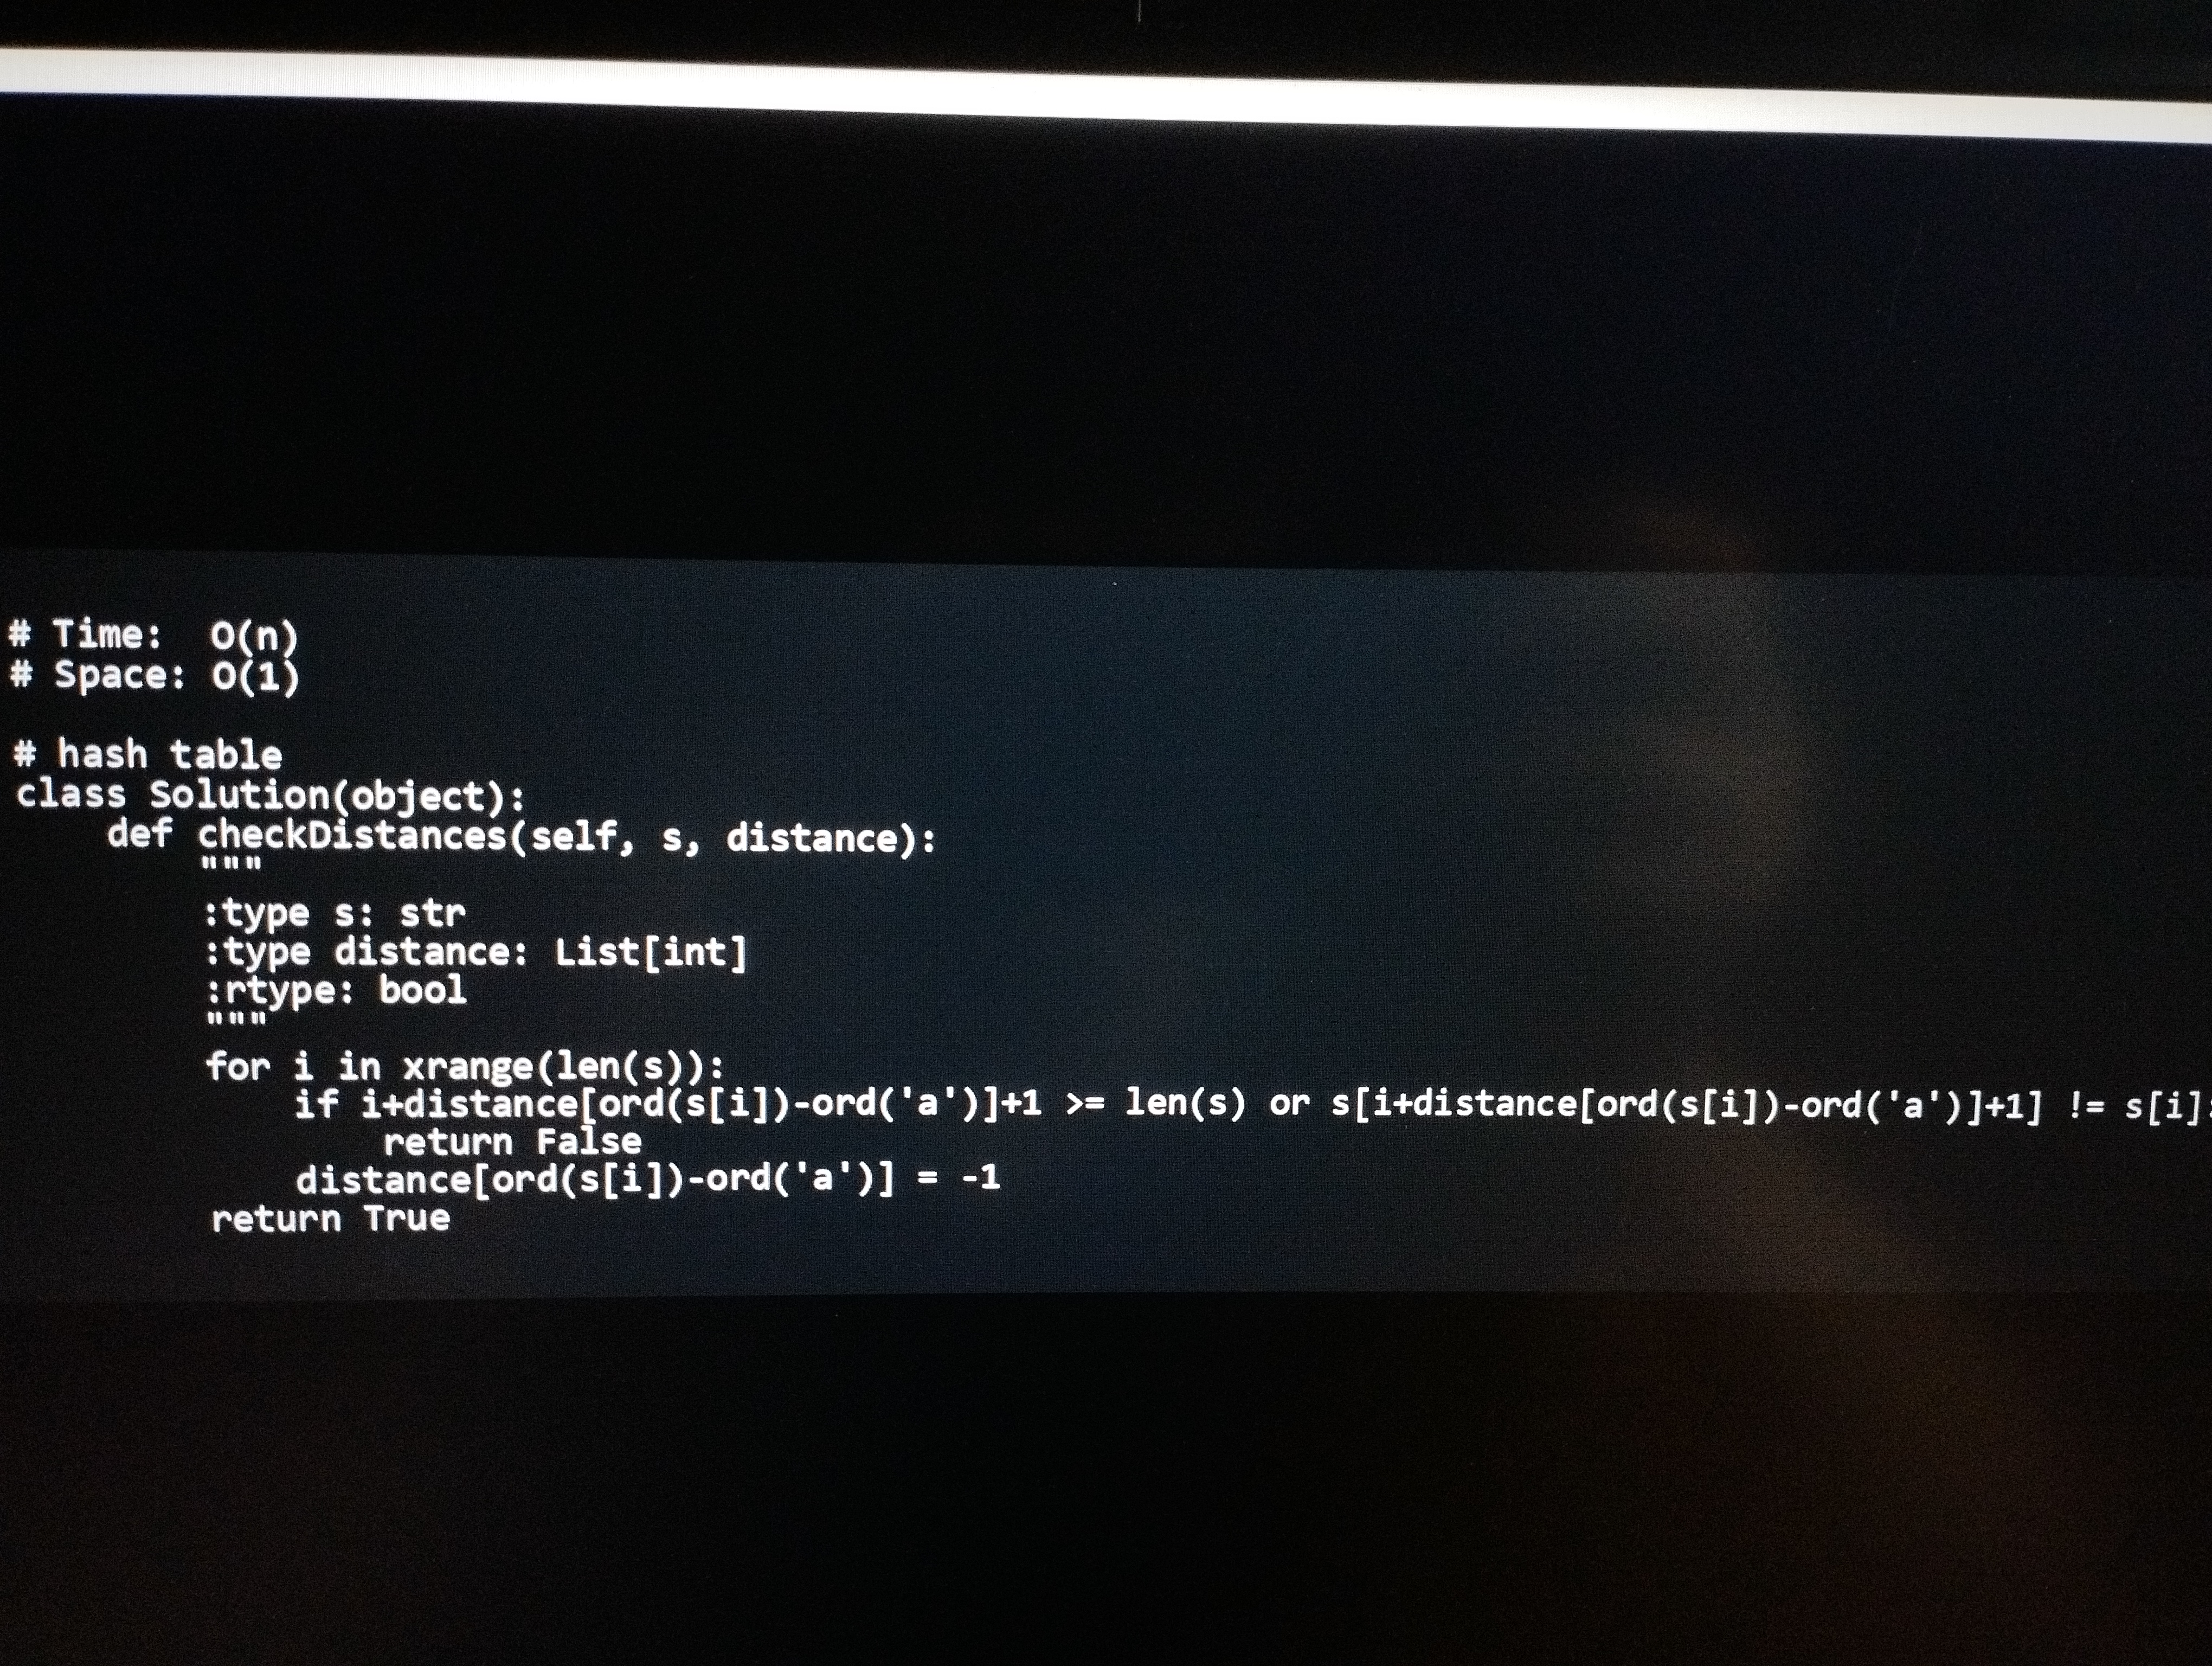
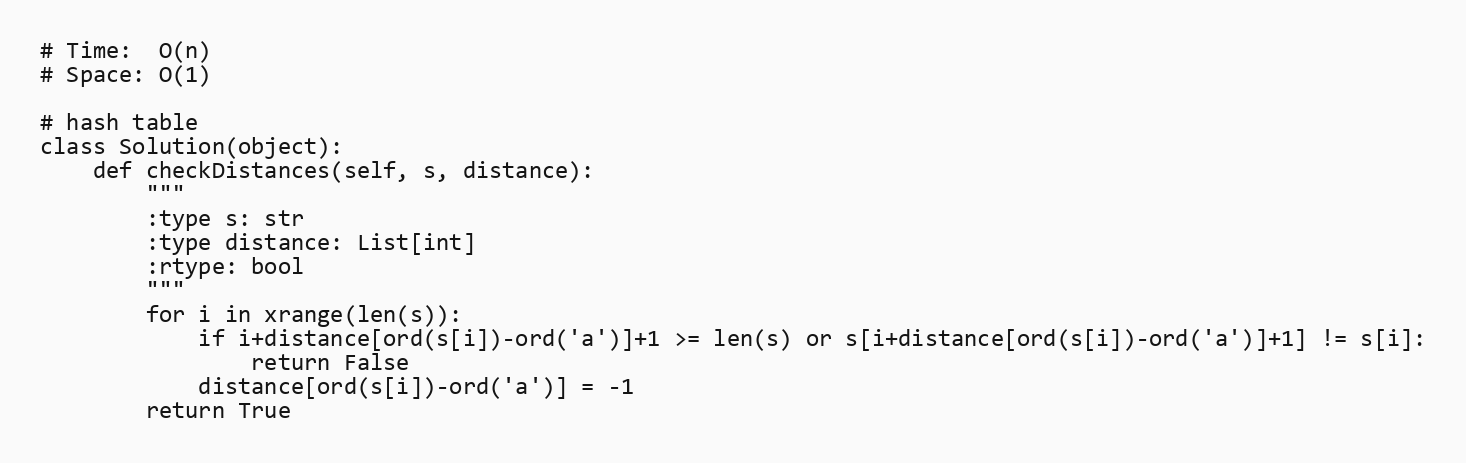
# Time:  O(n)
# Space: O(1)

# hash table
class Solution(object):
    def checkDistances(self, s, distance):
        """
        :type s: str
        :type distance: List[int]
        :rtype: bool
        """
        for i in xrange(len(s)):
            if i+distance[ord(s[i])-ord('a')]+1 >= len(s) or s[i+distance[ord(s[i])-ord('a')]+1] != s[i]:
                return False
            distance[ord(s[i])-ord('a')] = -1
        return True